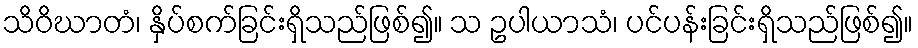
သိဝိဃာတံ၊ နှိပ်စက်ခြင်းရှိသည်ဖြစ်၍။ သ ဥပါယာသံ၊ ပင်ပန်းခြင်းရှိသည်ဖြစ်၍။